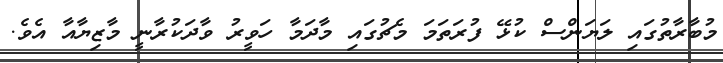
މުބާރާތުގައި ލަޔަންސް ކުޅޭ ފުރަތަމަ މެޗުގައި މާދަމާ ހަވީރު ވާދަކުރާނީ މާޒިޔާއާ އެވެ.